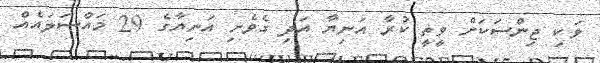
ވަކި ޖިންސަކަށް ވީތީ ކުރާ އަނިޔާ އަދި ގެވެށި އަނިޔާގެ 29 މައްސަލައެއް